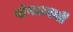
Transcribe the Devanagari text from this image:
संगठननों